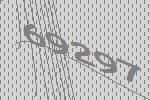
69297